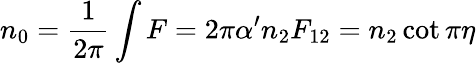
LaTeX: n_{0}={\frac{1}{2\pi}}\int F=2\pi\alpha^{\prime}n_{2}F_{12}=n_{2}\cot\pi\eta